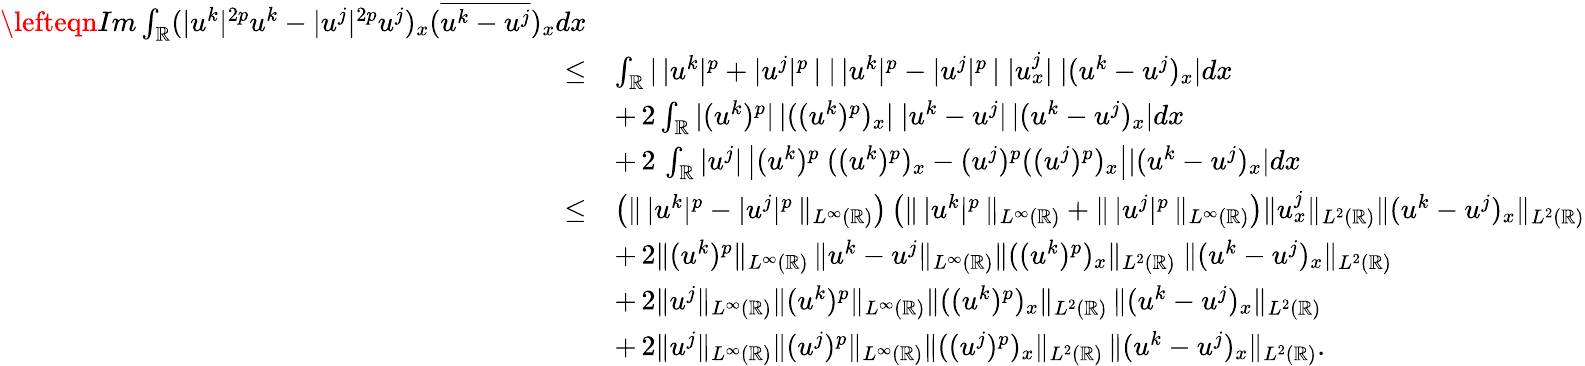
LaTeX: \begin{array}{rl}{\lefteqn{Im\int_{\mathbb{R}}(|u^{k}|^{2p}u^{k}-|u^{j}|^{2p}u^{j})_{x}(\overline{{u^{k}-u^{j}}})_{x}dx}}\\ {\leq}&{\int_{\mathbb{R}}|\, |u^{k}|^{p}+|u^{j}|^{p}\, |\ |\, |u^{k}|^{p}-|u^{j}|^{p}\, |\ |u_{x}^{j}|\ |(u^{k}-u^{j})_{x}|dx}\\ &{+\, 2\int_{\mathbb{R}}|(u^{k})^{p}|\, |((u^{k})^{p})_{x}|\ |u^{k}-u^{j}|\, |(u^{k}-u^{j})_{x}|dx}\\ &{+\, 2\, \int_{\mathbb{R}}|u^{j}|\left|(u^{k})^{p}\ ((u^{k})^{p})_{x}-(u^{j})^{p}((u^{j})^{p})_{x}\right||(u^{k}-u^{j})_{x}|dx}\\ {\leq}&{\left(\| \, |u^{k}|^{p}-|u^{j}|^{p}\, \| _{L^{\infty}(\mathbb{R})}\right)\left(\| \, |u^{k}|^{p}\, \| _{L^{\infty}(\mathbb{R})}+\| \, |u^{j}|^{p}\, \| _{L^{\infty}(\mathbb{R})}\right)\| u_{x}^{j}\| _{L^{2}(\mathbb{R})}\| (u^{k}-u^{j})_{x}\| _{L^{2}(\mathbb{R})}}\\ &{+\, 2\| (u^{k})^{p}\| _{L^{\infty}(\mathbb{R})}\, \| u^{k}-u^{j}\| _{L^{\infty}(\mathbb{R})}\| ((u^{k})^{p})_{x}\| _{L^{2}(\mathbb{R})}\ \| (u^{k}-u^{j})_{x}\| _{L^{2}(\mathbb{R})}}\\ &{+\, 2\| u^{j}\| _{L^{\infty}(\mathbb{R})}\| (u^{k})^{p}\| _{L^{\infty}(\mathbb{R})}\| ((u^{k})^{p})_{x}\| _{L^{2}(\mathbb{R})}\, \| (u^{k}-u^{j})_{x}\| _{L^{2}(\mathbb{R})}}\\ &{+\, 2\| u^{j}\| _{L^{\infty}(\mathbb{R})}\| (u^{j})^{p}\| _{L^{\infty}(\mathbb{R})}\| ((u^{j})^{p})_{x}\| _{L^{2}(\mathbb{R})}\, \| (u^{k}-u^{j})_{x}\| _{L^{2}(\mathbb{R})}.}\end{array}